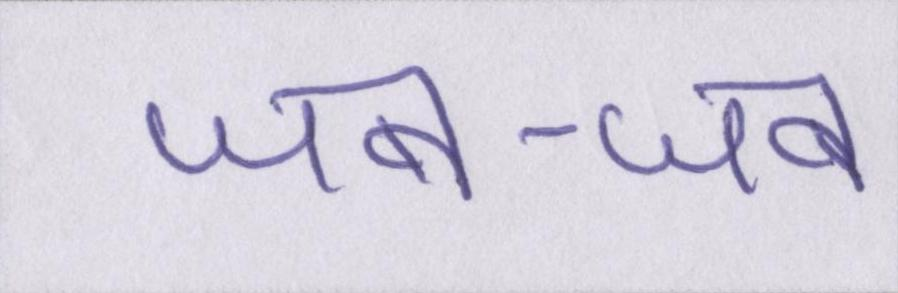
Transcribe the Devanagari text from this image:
जब-जब